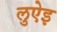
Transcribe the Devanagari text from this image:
लुऐइ